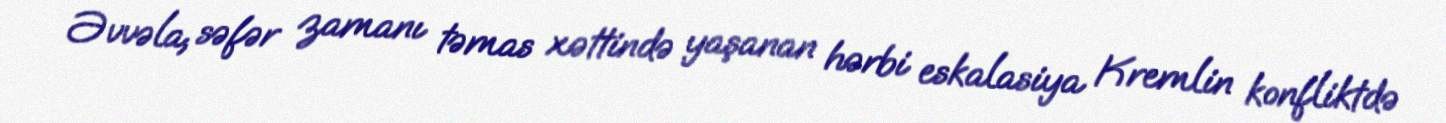
Əvvəla, səfər zamanı təmas xəttində yaşanan hərbi eskalasiya Kremlin konfliktdə